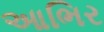
આભિર